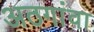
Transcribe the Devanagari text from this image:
अठगांवा